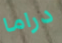
دراما